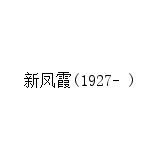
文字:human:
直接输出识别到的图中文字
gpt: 新凤霞(1927- )